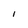
Character: l